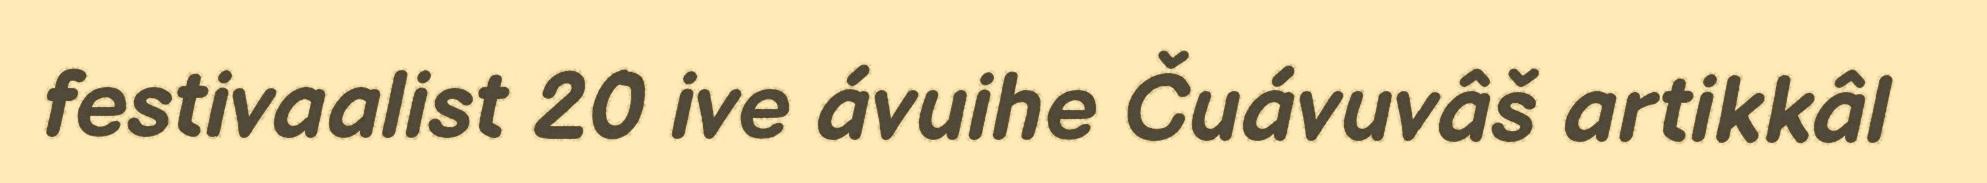
festivaalist 20 ive ávuihe Čuávuvâš artikkâl